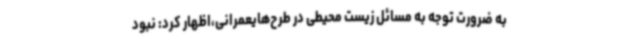
به ضرورت توجه به مسائل زیست محیطی در طرح‌هایعمرانی،اظهار کرد: نبود